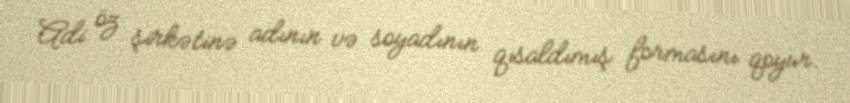
Adi öz şirkətinə adının və soyadının qısaldımış formasını qoyur.